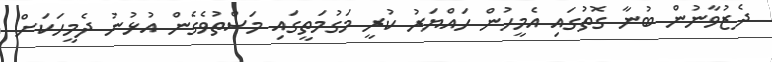
ދެޒުވާނުން ބުނާ ގޮތުގައި އެމީހުން ހައްޔަރު ކުރީ މަގުމަތީގައި މަސްތުވެގެން އުޅުނު ދެމީހަކަށް